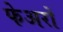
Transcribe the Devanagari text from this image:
फेअरों